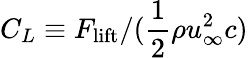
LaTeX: C_{L}\equiv{F_{\mathrm{lift}}}/{(\frac{1}{2}\rho u_{\infty}^{2}c)}